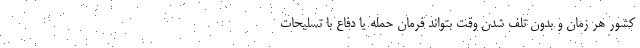
کشور هر زمان و بدون تلف شدن وقت بتواند فرمان حمله یا دفاع با تسلیحات